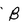
Character: B